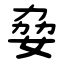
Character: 姭